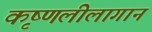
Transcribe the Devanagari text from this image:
कृष्णलीलागान